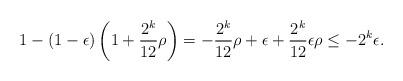
LaTeX: \begin{align*}1 -(1-\epsilon)\left(1+\frac{2^k}{12}\rho\right) = -\frac{2^k}{12}\rho + \epsilon + \frac{2^k}{12}\epsilon \rho \leq - 2^k \epsilon.\end{align*}